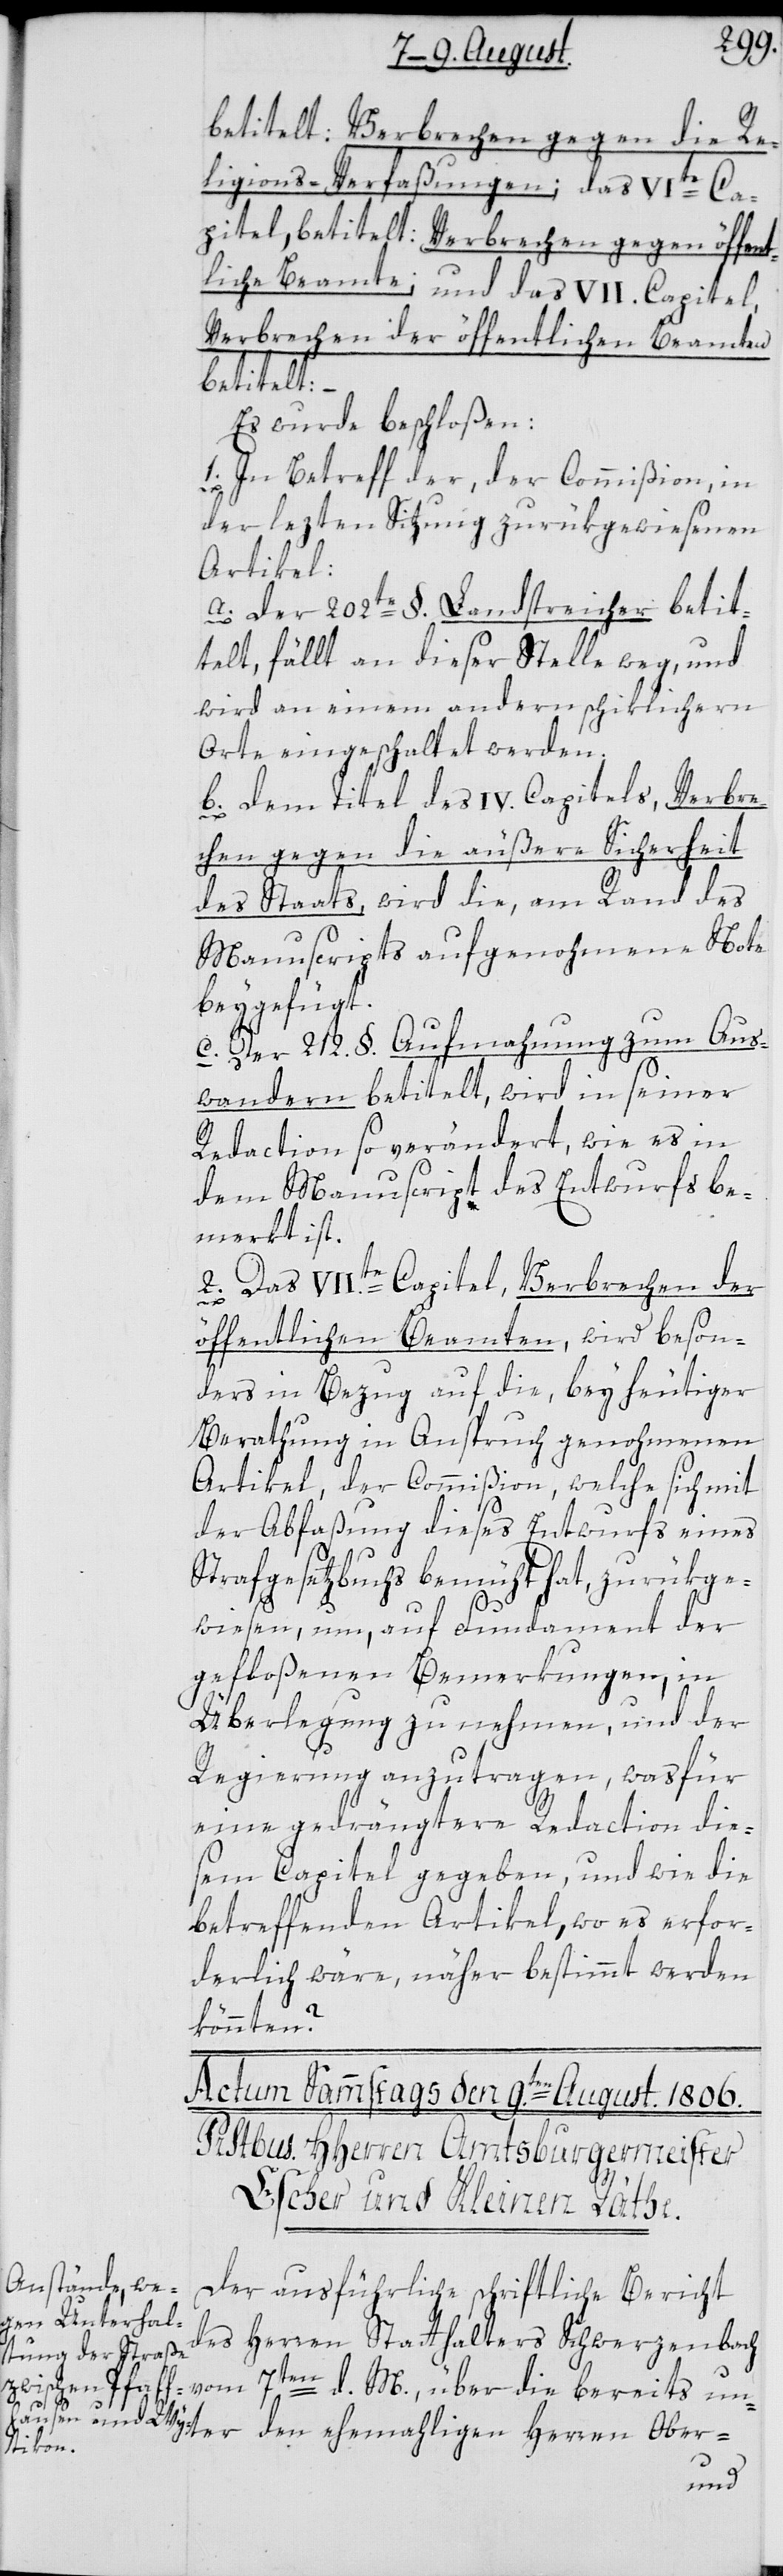
betitelt: Verbrechen gegen die Re¬
ligions-Verfaßungen; das VIte Ca¬
pitel, betitelt: Verbrechen gegen öffent¬
liche Beamte; und das VII. Capitel,
Verbrechen der öffentlichen Beamten,
betitelt:
Es wurde beschloßen:
1. In Betreff der, der Commißion, in
der lezten Sitzung zurükgewiesenen
Artikel:
a. Der 202te §. Landstreicher beti¬
telt, fällt an dieser Stelle weg, und
wird an einem andern schiklichern
Orte eingeschaltet werden.
b. Dem Titel des IV. Capitels, Verbre¬
chen gegen die äußere Sicherheit
des Staats, wird die, am Rand des
Manuscripts aufgenohmene Note
beygefügt.
c. Der 212. §. Aufmahnung zum Aus¬
wandern betitelt, wird in seiner
Redaction so verändert, wie es in
dem Manuscript des Entwurfs be¬
merkt ist.
2. Das VII.te Capitel, Verbrechen der
öffentlichen Beamten, wird beson¬
ders in Bezug auf die, bey heutiger
Berathung in Anspruch genohmenen
Artikel, der Commißion, welche sich mit
der Abfaßung dieses Entwurfs eines
Strafgesetzbuchs bemüht hat, zurükge¬
wiesen, um, auf Fundament der
gefloßenen Bemerkungen, in
Überlegung zu nehmen, und der
Regierung anzutragen, wasfür
eine gedrängtere Redaction die¬
sem Capitel gegeben, und wie die
betreffenden Artikel, wo es erfor¬
derlich wäre, näher bestimmt werden
könnten?
Der ausführliche schriftliche Bericht
des Herren Statthalters Schwerzenbach
bereits unter den ehemaligen Herren Ober-